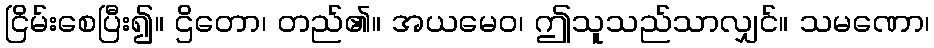
ငြိမ်းစေပြီး၍။ ဌိတော၊ တည်၏။ အယမေဝ၊ ဤသူသည်သာလျှင်။ သမဏော၊